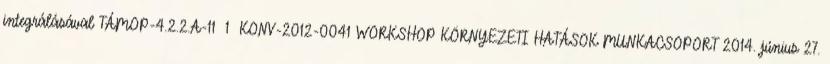
integrálásával TÁMOP-4.2.2.A-11 1 KONV-2012-0041 WORKSHOP KÖRNYEZETI HATÁSOK MUNKACSOPORT 2014. június 27.